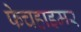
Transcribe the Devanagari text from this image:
फेचहाइमर